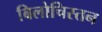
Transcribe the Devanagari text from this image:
बिलोचिस्तन